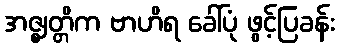
အဇ္ဈတ္တိက ဗာဟိရ ခေါ်ပုံ ဖွင့်ပြခန်း